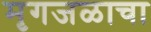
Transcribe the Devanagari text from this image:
मृगजळाचा